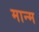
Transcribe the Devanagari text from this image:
मान्म